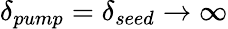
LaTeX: \delta_{pump}=\delta_{seed}\rightarrow\infty